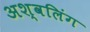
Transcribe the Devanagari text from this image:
अश्वलिंग